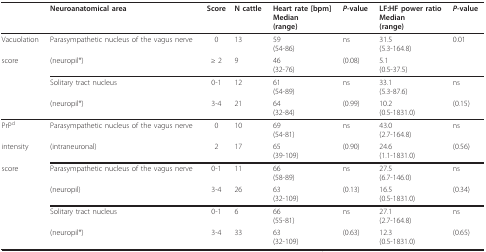
<table><thead><tr><td></td><td><b>Neuroanatomical area</b></td><td><b>Score</b></td><td><b>N cattle</b></td><td><b>Heart rate [bpm]Median(range)</b></td><td><b><i>P</i>-value</b></td><td><b>LF:HF power ratioMedian(range)</b></td><td><b><i>P</i>-value</b></td></tr></thead><tbody><tr><td>Vacuolation</td><td>Parasympathetic nucleus of the vagus nerve</td><td>0</td><td>13</td><td>59(54-86)</td><td>ns</td><td>31.5(5.3-164.8)</td><td>0.01</td></tr><tr><td>score</td><td>(neuropil*)</td><td>≥ 2</td><td>9</td><td>46(32-76)</td><td>(0.08)</td><td>5.1(0.5-37.5)</td><td></td></tr><tr><td></td><td>Solitary tract nucleus</td><td>0-1</td><td>12</td><td>61(54-89)</td><td>ns</td><td>33.1(5.3-87.6)</td><td>ns</td></tr><tr><td></td><td>(neuropil*)</td><td>3-4</td><td>21</td><td>64(32-84)</td><td>(0.99)</td><td>10.2(0.5-1831.0)</td><td>(0.15)</td></tr><tr><td>PrP<sup>d</sup></td><td>Parasympathetic nucleus of the vagus nerve</td><td>0</td><td>10</td><td>69(54-81)</td><td>ns</td><td>43.0(2.7-164.8)</td><td>ns</td></tr><tr><td>intensity</td><td>(intraneuronal)</td><td>2</td><td>17</td><td>65(39-109)</td><td>(0.90)</td><td>24.6(1.1-1831.0)</td><td>(0.56)</td></tr><tr><td>score</td><td>Parasympathetic nucleus of the vagus nerve</td><td>0-1</td><td>11</td><td>66(58-89)</td><td>ns</td><td>27.5(6.7-146.0)</td><td>ns</td></tr><tr><td></td><td>(neuropil)</td><td>3-4</td><td>26</td><td>63(32-109)</td><td>(0.13)</td><td>16.5(0.5-1831.0)</td><td>(0.34)</td></tr><tr><td></td><td>Solitary tract nucleus</td><td>0-1</td><td>6</td><td>66(55-81)</td><td>ns</td><td>27.1(2.7-164.8)</td><td>ns</td></tr><tr><td></td><td>(neuropil*)</td><td>3-4</td><td>33</td><td>63(32-109)</td><td>(0.63)</td><td>12.3(0.5-1831.0)</td><td>(0.65)</td></tr></tbody></table>